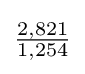
{\tfrac {2,821}{1,254}}